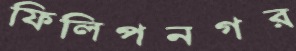
ফিলিপনগর